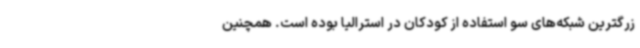
زرگترین شبکه‌های سو استفاده از کودکان در استرالیا بوده است. همچنین